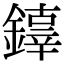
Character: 𨬟